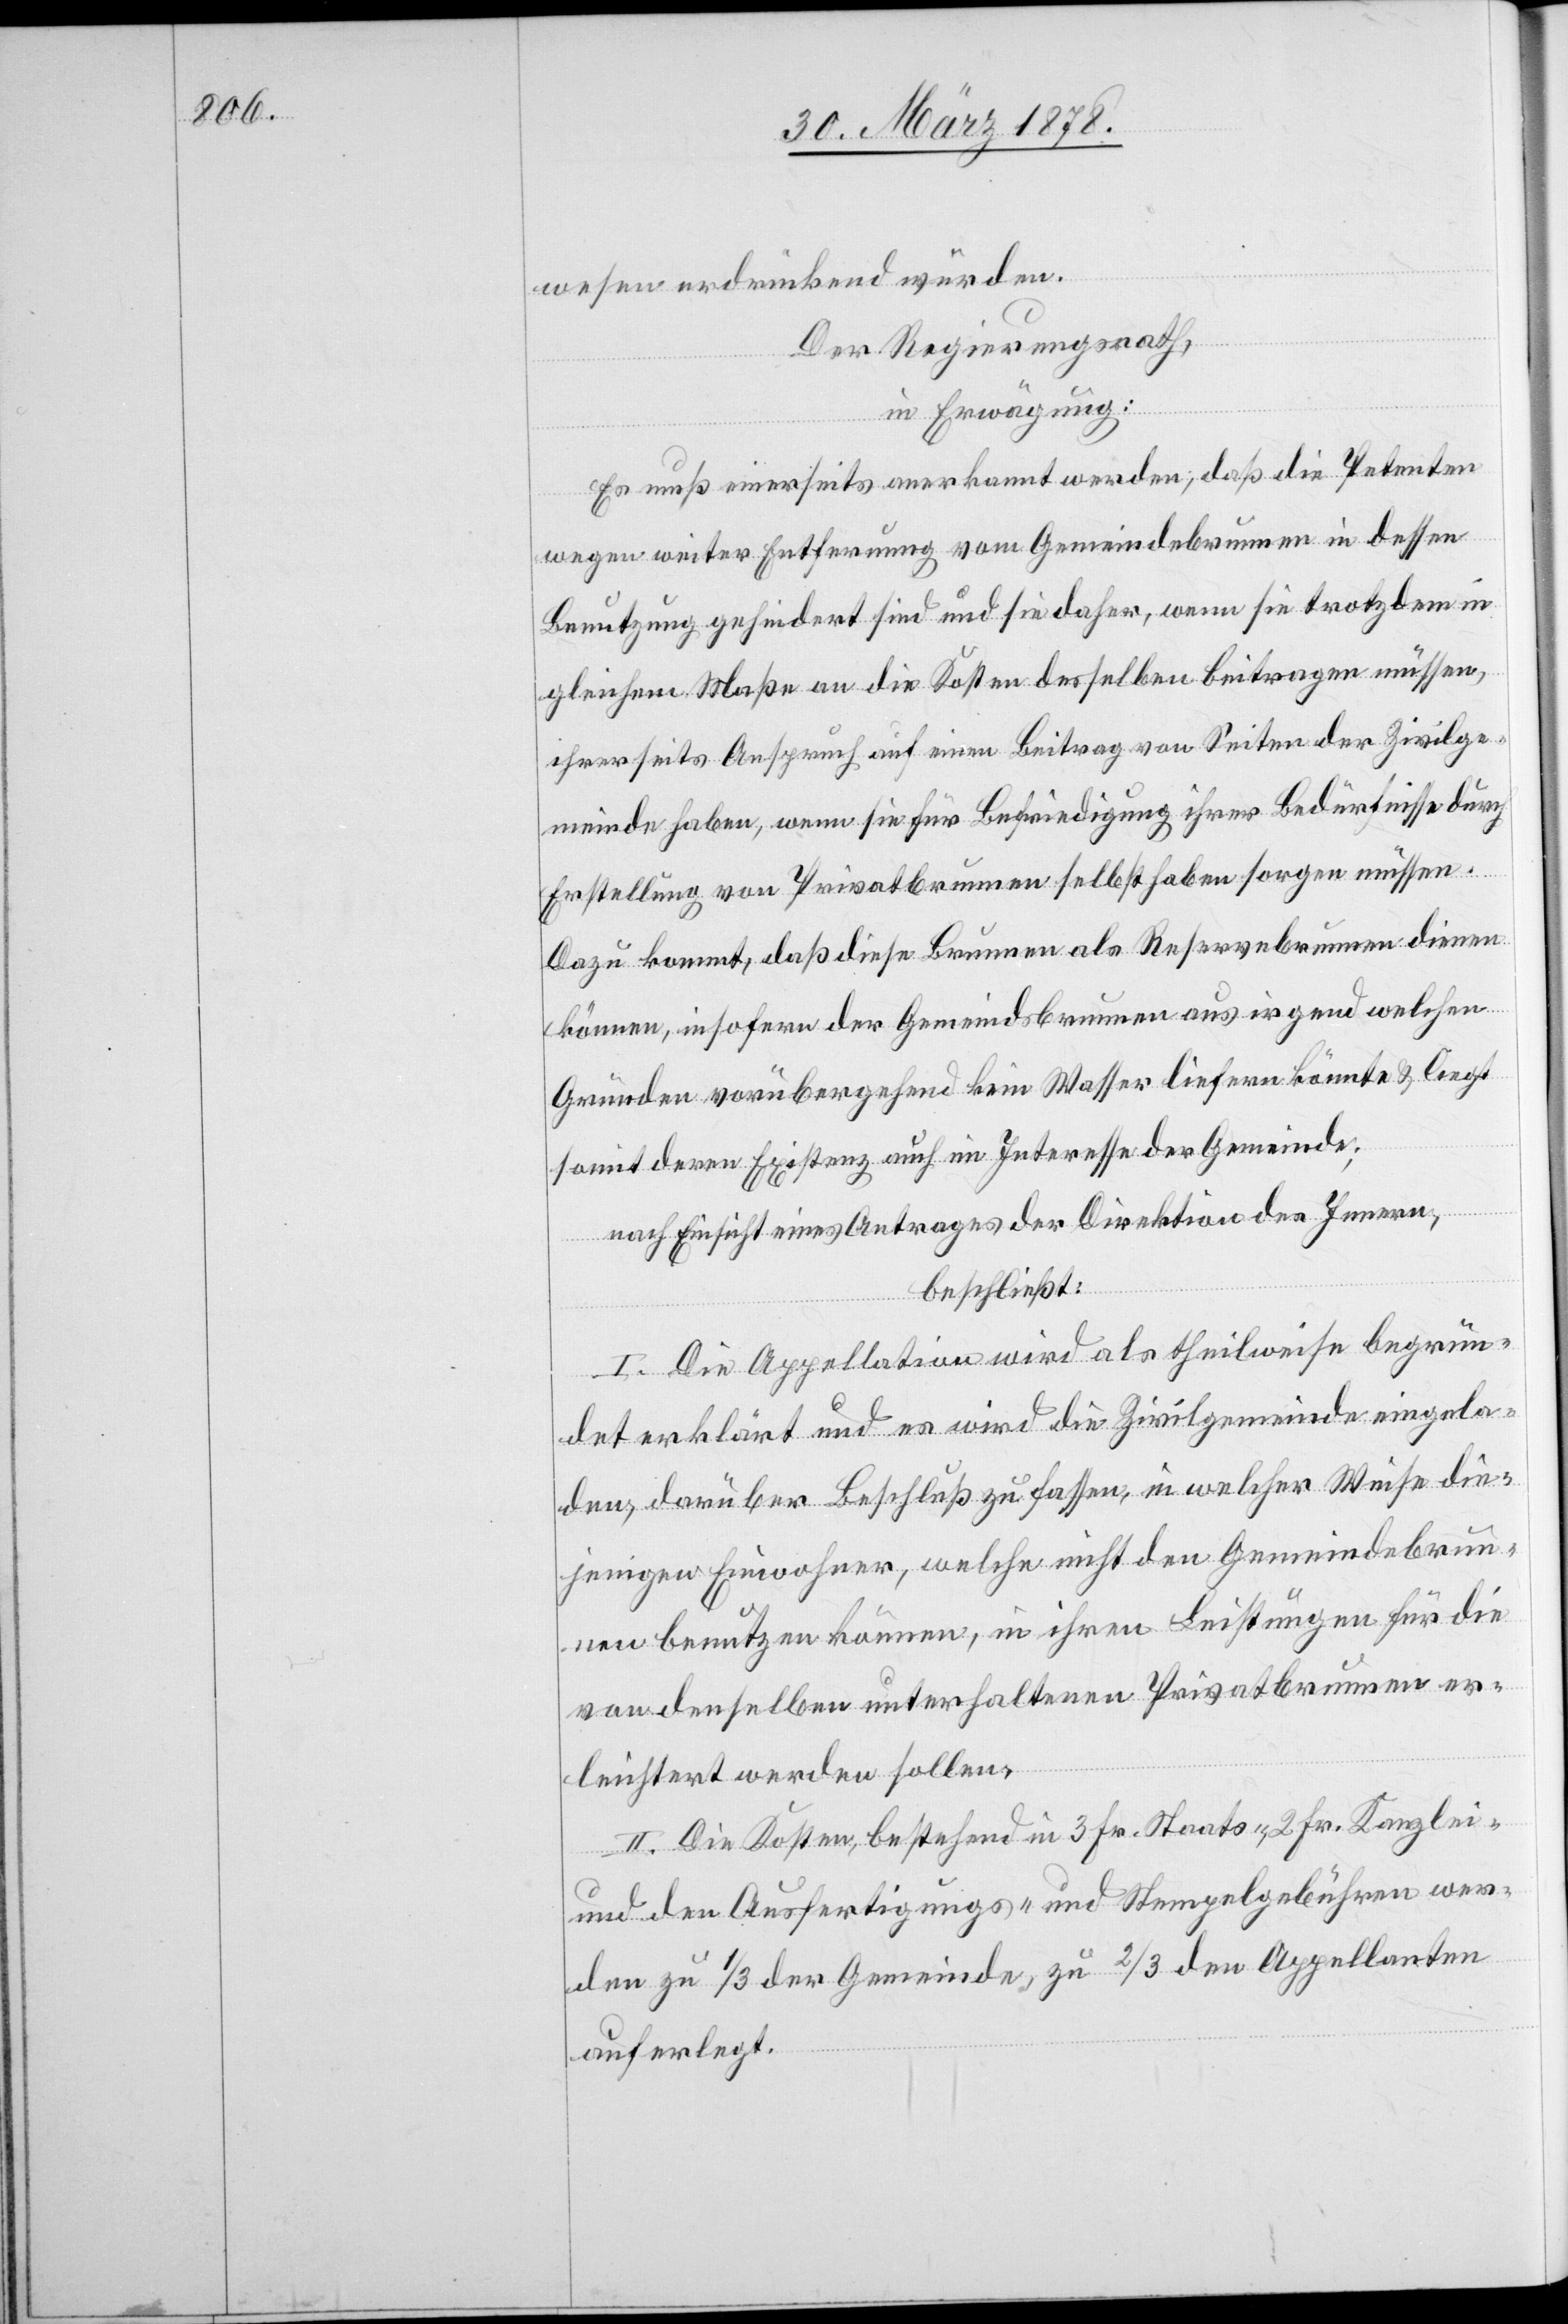
wesen erdrückend würden.
Der Regierungsrath,
in Erwägung:
Es muß einerseits anerkannt werden, daß die Petenten
wegen weiter Entfernung vom Gemeindebrunnen in dessen
Benutzung gehindert sind und sie daher, wenn sie trotzdem in
gleichem Maße an die Kosten desselben beitragen müssen,
ihrerseits Anspruch auf einen Beitrag von Seiten der Zivilge¬
meinde haben, wenn sie für Befriedigung ihrer Bedürfnisse durch
Erstellung von Privatbrunnen selbst haben sorgen müssen.
Dazu kommt, daß diese Brunnen als Reservebrunnen dienen
können, insofern der Gemeindebrunnen aus irgend welchen
Gründen vorübergehend kein Wasser liefern könnte & liegt
somit deren Existenz auch im Interesse der Gemeinde;
nach Einsicht eines Antrages der Direktion des Innern,
beschließt:
I. Die Appellation wird als theilweise begrün¬
det erklärt und es wird die Zivilgemeinde eingela¬
den, darüber Beschluß zu fassen, in welcher Weise die¬
jenigen Einwohner, welche nicht den Gemeindebrun¬
nen benutzen können, in ihren Leistungen für die
von denselben unterhaltenen Privatbrunnen er¬
leichtert werden sollen.
II. Die Kosten, bestehend in 3 Fr. Staats-. 2 Fr. Kanzlei-
und den Ausfertigungs- und Stempelgebühren wer¬
den zu 1/3 der Gemeinde, zu 2/3 den Appellanten
auferlegt.